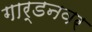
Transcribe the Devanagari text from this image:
गार्डनवर